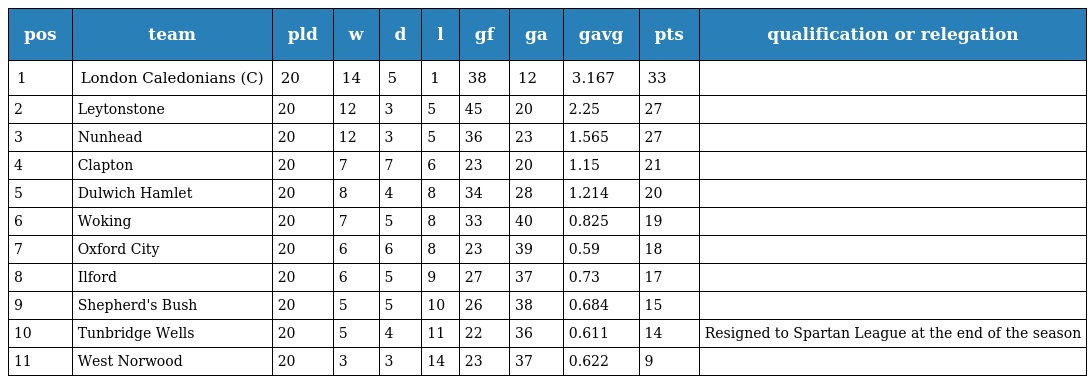
| pos | team | pld | w | d | l | gf | ga | gavg | pts | qualification or relegation |
 | --- | --- | --- | --- | --- | --- | --- | --- | --- | --- | --- |
 | 1 | London Caledonians (C) | 20 | 14 | 5 | 1 | 38 | 12 | 3.167 | 33 |  |
 | 2 | Leytonstone | 20 | 12 | 3 | 5 | 45 | 20 | 2.25 | 27 |  |
 | 3 | Nunhead | 20 | 12 | 3 | 5 | 36 | 23 | 1.565 | 27 |  |
 | 4 | Clapton | 20 | 7 | 7 | 6 | 23 | 20 | 1.15 | 21 |  |
 | 5 | Dulwich Hamlet | 20 | 8 | 4 | 8 | 34 | 28 | 1.214 | 20 |  |
 | 6 | Woking | 20 | 7 | 5 | 8 | 33 | 40 | 0.825 | 19 |  |
 | 7 | Oxford City | 20 | 6 | 6 | 8 | 23 | 39 | 0.59 | 18 |  |
 | 8 | Ilford | 20 | 6 | 5 | 9 | 27 | 37 | 0.73 | 17 |  |
 | 9 | Shepherd's Bush | 20 | 5 | 5 | 10 | 26 | 38 | 0.684 | 15 |  |
 | 10 | Tunbridge Wells | 20 | 5 | 4 | 11 | 22 | 36 | 0.611 | 14 | Resigned to Spartan League at the end of the season |
 | 11 | West Norwood | 20 | 3 | 3 | 14 | 23 | 37 | 0.622 | 9 |  |